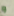
و